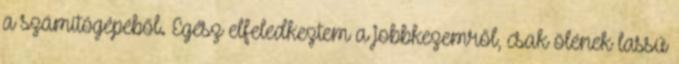
a számítógépéből. Egész elfeledkeztem a jobbkezemről, csak ölének lassú